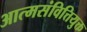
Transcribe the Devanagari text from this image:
आत्मसंवित्तियुक्त